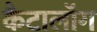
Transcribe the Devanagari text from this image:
कैटालॉग